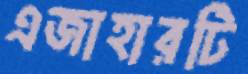
এজাহারটি